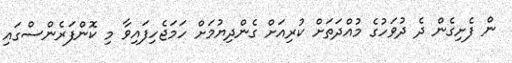
ން ފެށިގެން ދެ ދުވަހުގެ މުއްދަތަށް ކުރިއަށް ގެންދިޔުމަށް ހަމަޖެހިފައިވާ މި ކޮންފަރެންސްގައި